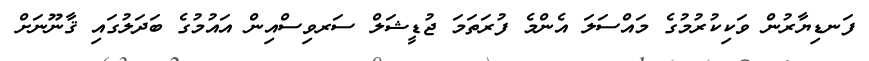
ފަނޑިޔާރުން ވަކިކުރުމުގެ މައްސަލަ އެންމެ ފުރަތަމަ ޖުޑީޝަލް ސަރވިސްއިން އައުމުގެ ބަދަލުގައި ޤާނޫނަށް